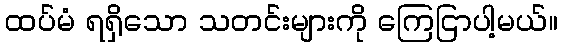
ထပ်မံ ရရှိသော သတင်းများကို ကြေငြာပါ့မယ်။